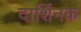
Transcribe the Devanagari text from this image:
दार्शिनक